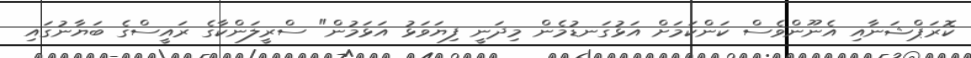
ކޮރަޕްޝަނާއި އެނޫންވެސް ކަންކަމަށް އަޅުގަނޑުމެން މިދަނީ ފިޔަވަޅު އަޅަމުން" ސްރީލަންކާގެ ރައީސްގެ ބަޔާނުގައި